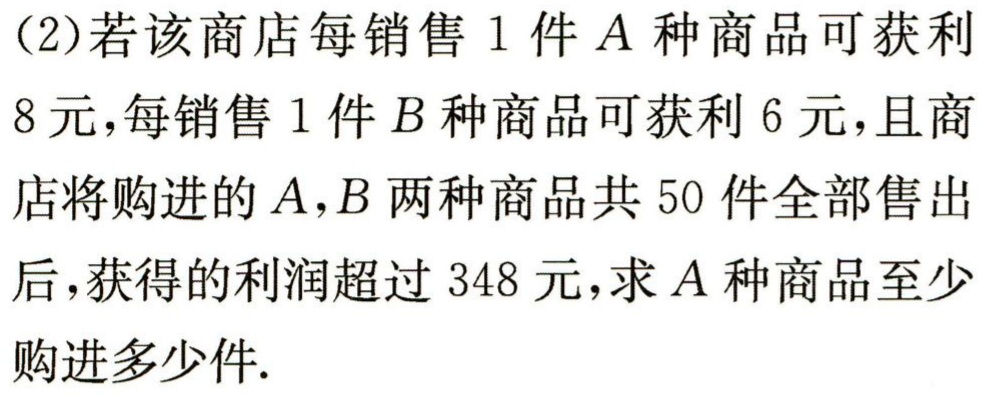
(2)若该商店每销售1件\(A\)种商品可获利8元，每销售1件\(B\)种商品可获利6元，且商店将购进的\(A\),\(B\)两种商品共50件全部售出后，获得的利润超过348元，求\(A\)种商品至少购进多少件.